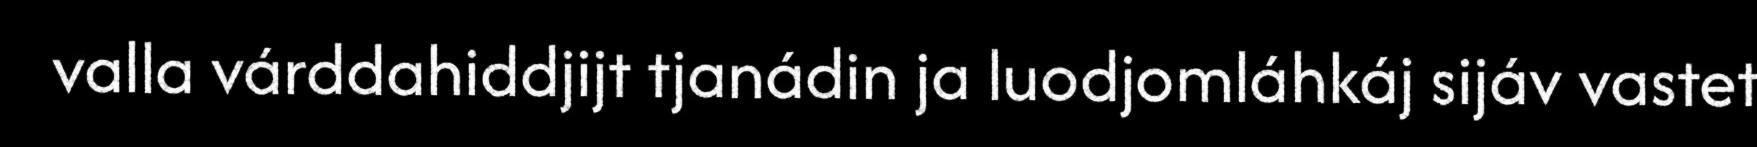
valla várddahiddjijt tjanádin ja luodjomláhkáj sijáv vastet